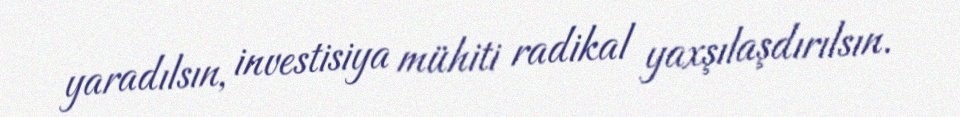
yaradılsın, investisiya mühiti radikal yaxşılaşdırılsın.